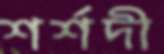
শর্শদী